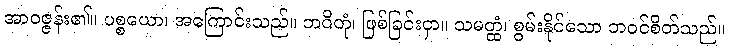
အာဝဇ္ဇန်း၏။ ပစ္စယော၊ အကြောင်းသည်။ ဘဝိတုံ၊ ဖြစ်ခြင်းငှာ။ သမတ္ထံ၊ စွမ်းနိုင်သော ဘဝင်စိတ်သည်။